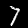
Digit: 7